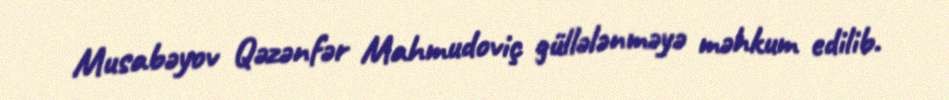
Musabəyov Qəzənfər Mahmudoviç güllələnməyə məhkum edilib.